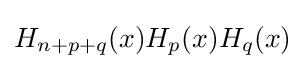
H_{n+p+q}(x)H_{p}(x)H_{q}(x)